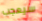
سيعجب